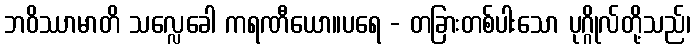
ဘဝိဿာမာတိ သလ္လေခေါ ကရဏီယော။ပရေ - တခြားတစ်ပါးသော ပုဂ္ဂိုလ်တို့သည်၊